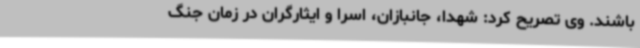
باشند. وی تصریح کرد: شهدا، جانبازان، اسرا و ایثارگران در زمان جنگ